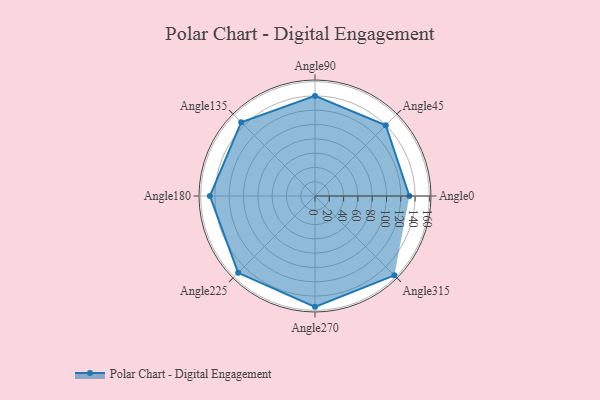
{"axis": {"x": "Angle", "y": "Radius"}, "legend": [""], "data": [{"x": "Angle0", "y": 132.0, "type": ""}, {"x": "Angle45", "y": 140.0, "type": ""}, {"x": "Angle90", "y": 140.0, "type": ""}, {"x": "Angle135", "y": 146.0, "type": ""}, {"x": "Angle180", "y": 147.0, "type": ""}, {"x": "Angle225", "y": 152.0, "type": ""}, {"x": "Angle270", "y": 155.0, "type": ""}, {"x": "Angle315", "y": 157.0, "type": ""}]}